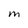
Character: M